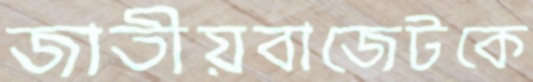
জাতীয়বাজেটকে